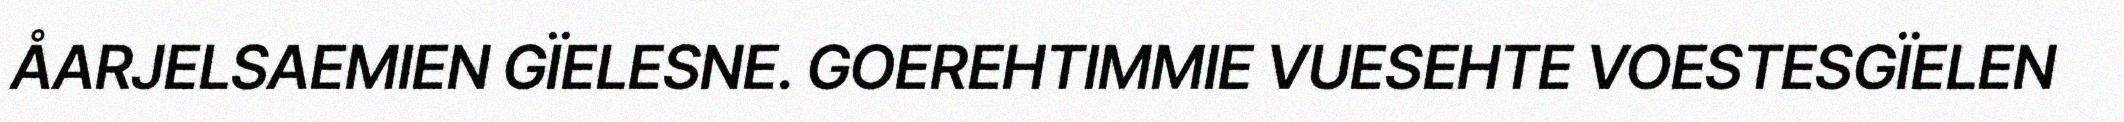
ÅARJELSAEMIEN GÏELESNE. GOEREHTIMMIE VUESEHTE VOESTESGÏELEN